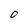
Character: O